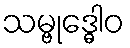
သမ္ဗုဒ္ဓေါဝ